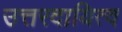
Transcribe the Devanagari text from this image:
उत्तरदायित्व